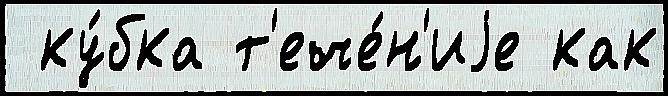
 ку́бка т'ече́н'иjе как